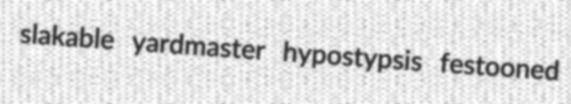
slakable yardmaster hypostypsis festooned